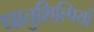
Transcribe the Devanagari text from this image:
धातुशिल्पियों